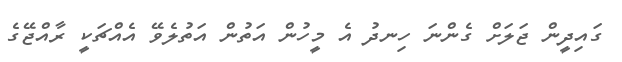
ގައިދީން ޖަލަށް ގެންނަ ހިނދު އެ މީހުން އަތުން އަތުލެވޭ އެއްޗަކީ ރާއްޖޭގެ